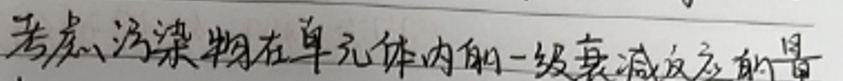
考虑污染物在单元体内的一级衰减反应的量